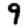
Digit: 9